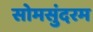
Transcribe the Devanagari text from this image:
सोमसुंदरम